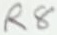
Text: R8